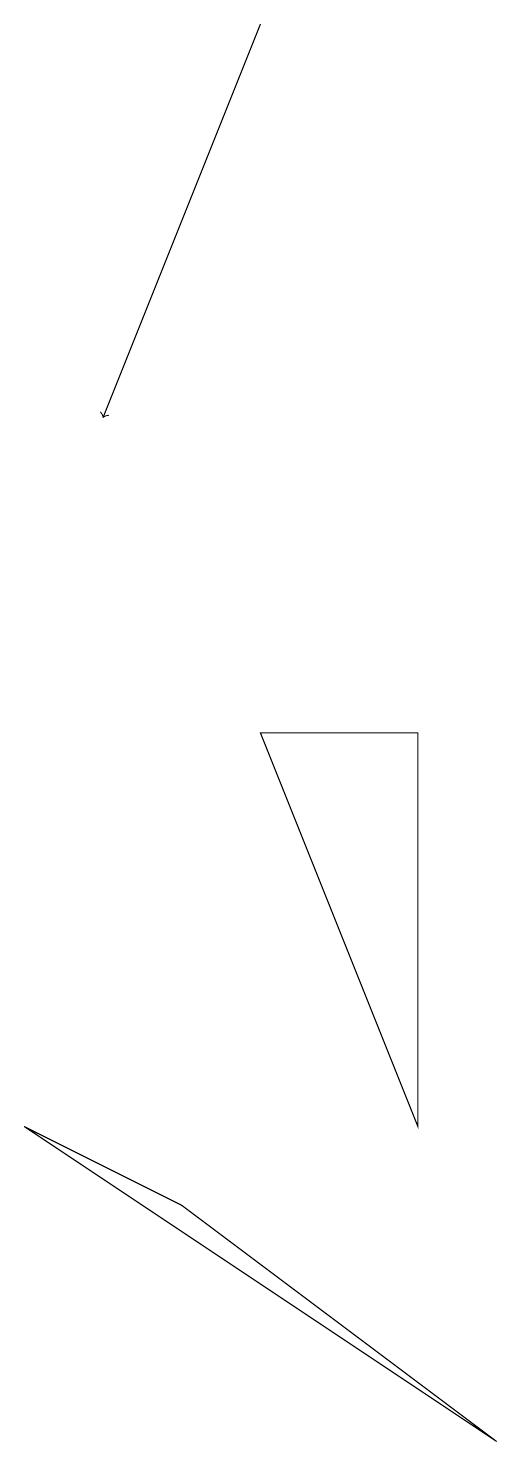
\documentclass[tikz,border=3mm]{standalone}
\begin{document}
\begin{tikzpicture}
\draw (9,0) -- (5,3) -- (3,4) -- cycle;
\draw[->] (6,18) -- (4,13);
\draw (8,9) -- (8,4) -- (6,9) -- cycle;
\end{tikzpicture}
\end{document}